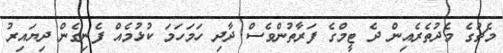
މެޗުގެ މެދުތެރެއިން ދެ ޓީމްގެ ފަރާތުންވެސް ދާދި ހަމަހަމަ ކުޅުމެއް ފެނިގެން ދިޔައިރު